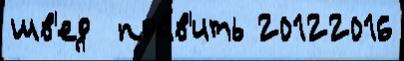
шв'ед  пра́в'ить 20122016